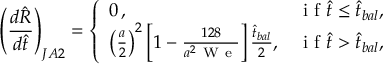
\left( \frac { d \hat { R } } { d \hat { t } } \right) _ { J A 2 } = \left\{ \begin{array} { l l } { 0 \, , } & { \mathrm { ~ i ~ f ~ } \hat { t } \le \hat { t } _ { b a l } , } \\ { \left( \frac { a } { 2 } \right) ^ { 2 } \left[ 1 - \frac { 1 2 8 } { a ^ { 2 } \mathrm { ~ W ~ e ~ } } \right] \frac { \hat { t } _ { b a l } } { 2 } , } & { \mathrm { ~ i ~ f ~ } \hat { t } > \hat { t } _ { b a l } , } \end{array} \right.